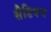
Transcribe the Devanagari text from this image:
सैडिवच